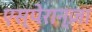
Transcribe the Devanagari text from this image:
एस्पेरान्ज़ा